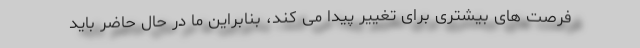
فرصت های بیشتری برای تغییر پیدا می کند، بنابراین ما در حال حاضر باید